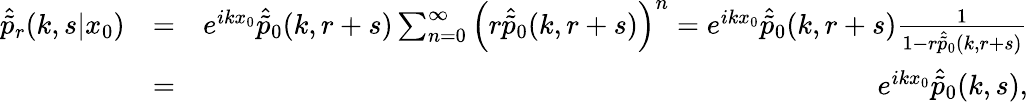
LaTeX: \begin{array}{rlr}{\hat{\tilde{p}}_{r}(k,s|x_{0})}&{=}&{e^{ikx_{0}}\hat{\tilde{p}}_{0}(k,r+s)\sum_{n=0}^{\infty}\left(r\hat{\tilde{p}}_{0}(k,r+s)\right)^{n}=e^{ikx_{0}}\hat{\tilde{p}}_{0}(k,r+s)\frac{1}{1-r\hat{\tilde{p}}_{0}(k,r+s)}}\\ &{=}&{e^{ikx_{0}}\hat{\tilde{p}}_{0}(k,s),}\end{array}